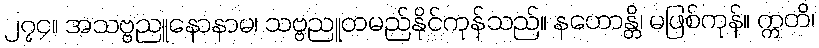
၂၇၄။ အသဗ္ဗညူနောနာမ၊ သဗ္ဗညူတမည်နိုင်ကုန်သည်။ နဟောန္တိ၊ မဖြစ်ကုန်။ ဣတိ၊